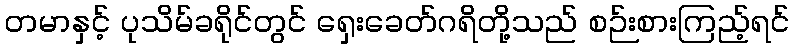
တမာနှင့် ပုသိမ်ခရိုင်တွင် ရှေးခေတ်ဂရိတို့သည် စဉ်းစားကြည့်ရင်